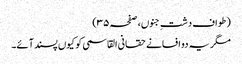
(طواف دشتِ جنوں، صفحہ ۳۵)
مگر یہ دو افسانے حقانی القاسمی کو کیوں پسند آئے۔